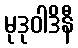
မုဒုဝါဒိနီ